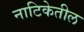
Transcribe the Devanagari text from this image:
नाटिकेतील